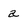
Character: a